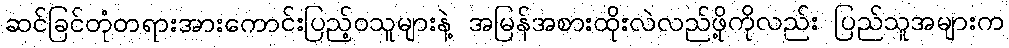
ဆင်ခြင်တုံတရားအားကောင်းပြည့်ဝသူများနဲ့ အမြန်အစားထိုးလဲလည်ဖို့ကိုလည်း ပြည်သူအများက